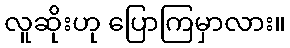
လူဆိုးဟု ပြောကြမှာလား။